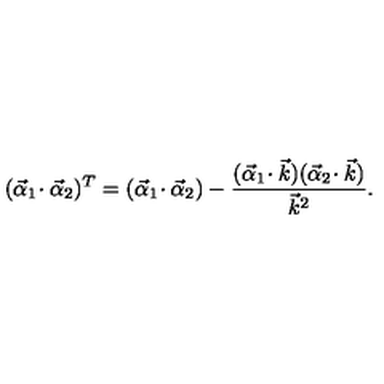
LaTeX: ( \vec { \alpha } _ { 1 } \! \cdot \vec { \alpha } _ { 2 } ) ^ { T } = ( \vec { \alpha } _ { 1 } \! \cdot \vec { \alpha } _ { 2 } ) - { \frac { ( \vec { \alpha } _ { 1 } \! \cdot \vec { k } ) ( \vec { \alpha } _ { 2 } \! \cdot \vec { k } ) } { \vec { k } ^ { 2 } } } .